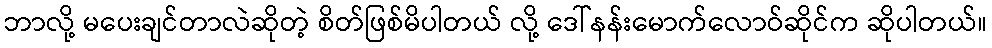
ဘာလို့ မပေးချင်တာလဲဆိုတဲ့ စိတ်ဖြစ်မိပါတယ် လို့ ဒေါ်နန်းမောက်လောဝ်ဆိုင်က ဆိုပါတယ်။